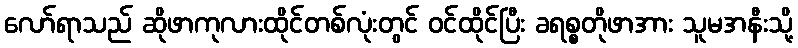
လော်ရာသည် ဆိုဖာကုလားထိုင်တစ်လုံးတွင် ဝင်ထိုင်ပြီး ခရစ္စတိုဖာအား သူမအနီးသို့